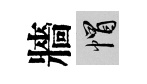
牆帽